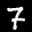
Label: 7